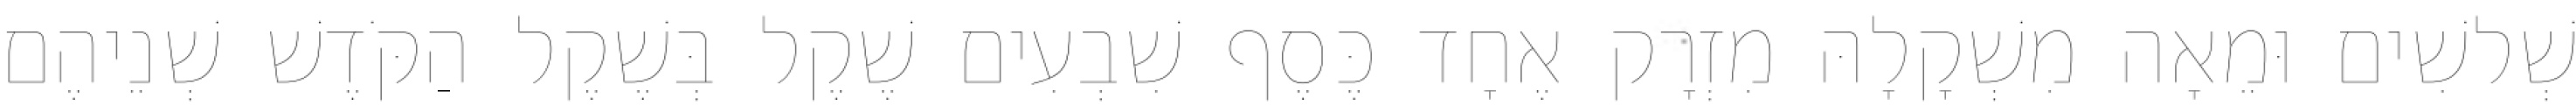
שְׁלשִׁים וּמֵאָה מִשְׁקָלָהּ מִזְרָק אֶחָד כֶּסֶף שִׁבְעִים שֶׁקֶל בְּשֶׁקֶל הַקֹּדֶשׁ שְׁנֵיהֶם